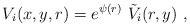
LaTeX: \begin{align*}V_i (x,y,r) = e^{\psi(r)}\ \tilde V_i(r,y)~,\end{align*}